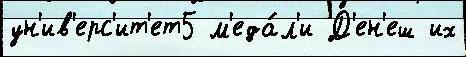
ун'ив'ерс'ит'ет5 м'еда́л'и Д'ен'еш их